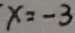
x = - 3